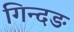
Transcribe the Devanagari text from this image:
गिन्दङ